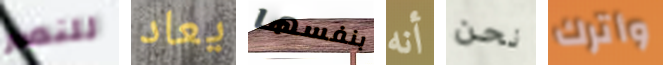
للنصر يعاد بنفسها أنه نحن وأترك